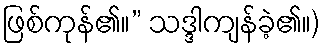
ဖြစ်ကုန်၏။” သဒ္ဒါကျန်ခဲ့၏။)